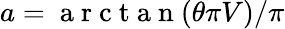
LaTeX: a=\mathrm{~a~r~c~t~a~n~}(\theta\pi V)/\pi